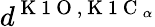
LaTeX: d^{\mathrm{~K~1~O~},\mathrm{~K~1~C~}_{\alpha}}